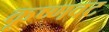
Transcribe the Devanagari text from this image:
कृष्णवट